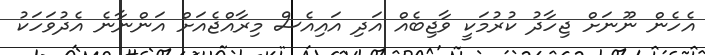
އެހެން ނޫނަށް ޖިހާދު ކުރުމަކީ ވާޖިބެއް އަދި އައިއެސް މިރާއްޖެއަށް އަންނާނެ އެދުވަހަކު